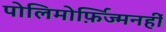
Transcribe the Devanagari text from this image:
पोलिमोर्फ़िज्मनहीं